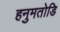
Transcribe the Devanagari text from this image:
हनुमतोडि